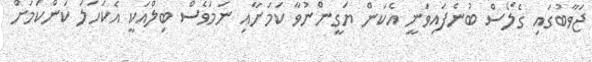
ޖަވާބުގައި ގެލޯސް ބުނެފައިވަނީ އެކަން ޔަގީންނުވާ ކަމަށާއި ނަމަވެސް ބިލްއަކީ އެކަހަލަ ކަންކަމަށް